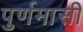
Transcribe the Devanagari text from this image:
पुर्णमासी